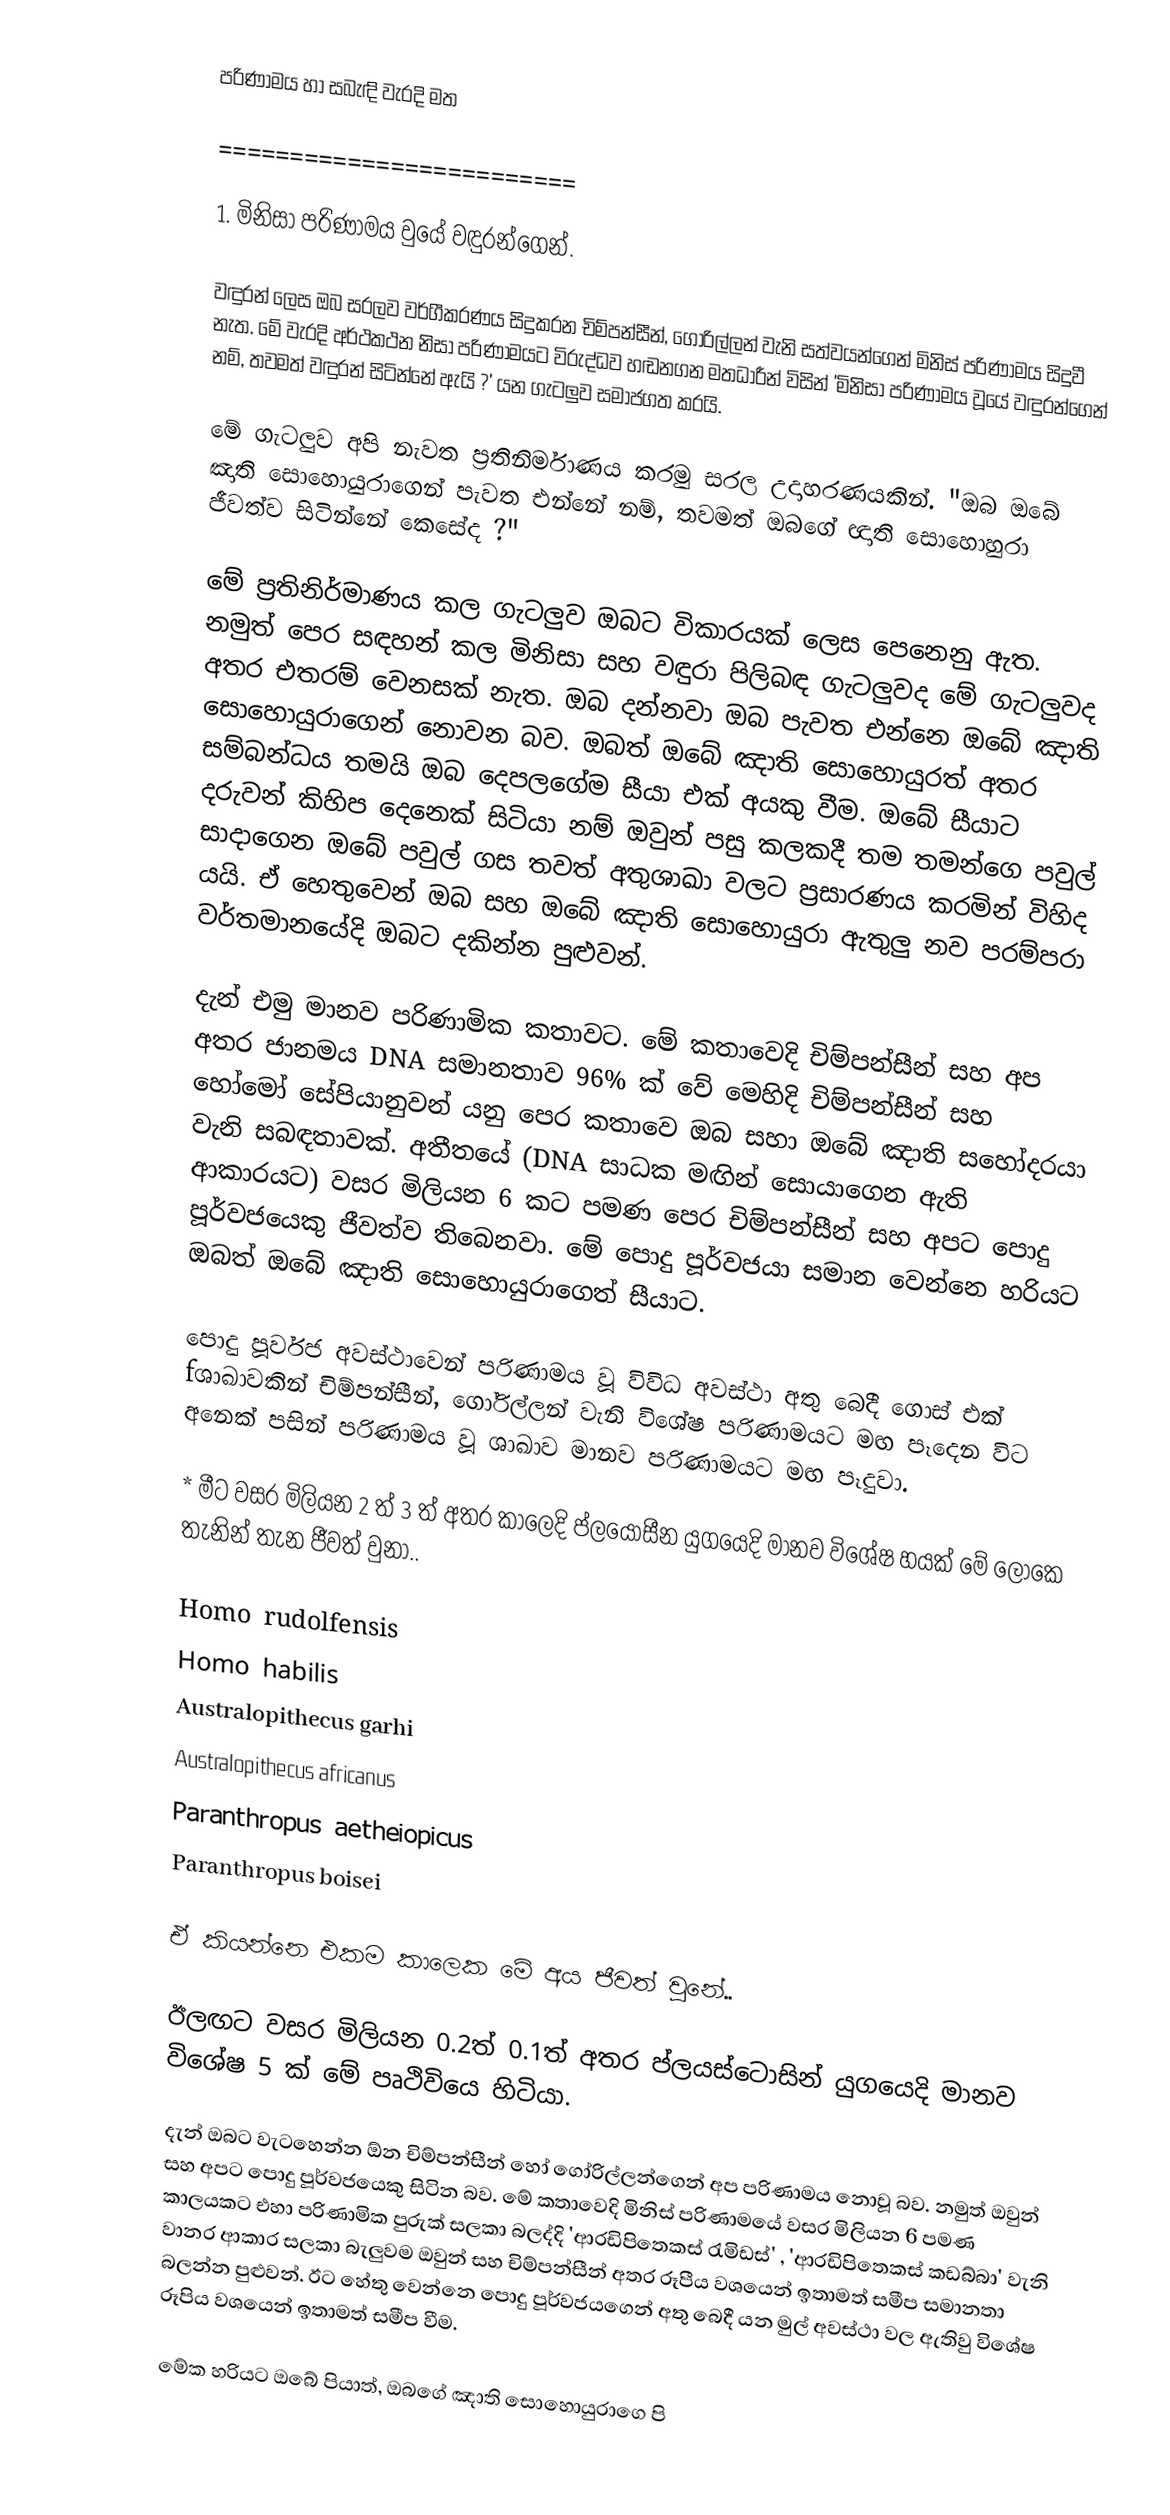
පරිණාමය හා සබැඳි වැරදි මත

=========================

1. මිනිසා පරිණාමය වුයේ වඳුරන්ගෙන්.

වඳුරන් ලෙස ඔබ සරලව වර්ගීකරණය සිදුකරන චිම්පන්සීන්, ගෝරිල්ලන් වැනි සත්වයන්ගෙන් මිනිස් පරිණාමය සිදුවී නැත. මේ වැරදි අර්ථකථන නිසා පරිණාමයට විරුද්ධව හඬනගන මතධාරීන් විසින් 'මිනිසා පරිණාමය වූයේ වඳුරන්ගෙන් නම්, තවමත් වඳුරන් සිටින්නේ ඇයි ?' යන ගැටලුව සමාජගත කරයි.

මේ ගැටලුව අපි නැවත ප්‍රතිනිර්මාණය කරමු සරල උදාහරණයකින්. "ඔබ ඔබේ ඤාති සොහොයුරාගෙන් පැවත එන්නේ නම්, තවමත් ඔබගේ ඥාති සොහොහුරා ජීවත්ව සිටින්නේ කෙසේද ?"

මේ ප්‍රතිනිර්මාණය කල ගැටලුව ඔබට විකාරයක් ලෙස පෙනෙනු ඇත. නමුත් පෙර සඳහන් කල මිනිසා සහ වඳුරා පිලිබඳ ගැටලුවද මේ ගැටලුවද අතර එතරම් වෙනසක් නැත. ඔබ දන්නවා ඔබ පැවත එන්නෙ ඔබේ ඤාති සොහොයුරාගෙන් නොවන බව. ඔබත් ඔබේ ඤාති සොහොයුරත් අතර සම්බන්ධය තමයි ඔබ දෙපලගේම සීයා එක් අයකු වීම. ඔබේ සීයාට දරුවන් කිහිප දෙනෙක් සිටියා නම් ඔවුන් පසු කලකදී තම තමන්ගෙ පවුල් සාදාගෙන ඔබේ පවුල් ගස තවත් අතුශාඛා වලට ප්‍රසාරණය කරමින් විහිද යයි. ඒ හෙතුවෙන් ඔබ සහ ඔබේ ඤාති සොහොයුරා ඇතුලු නව පරම්පරා වර්තමානයේදි ඔබට දකින්න පුළුවන්.

දැන් එමු මානව පරිණාමික කතාවට. මේ කතාවෙදි චිම්පන්සීන් සහ අප අතර ජානමය DNA සමානතාව 96% ක් වේ මෙහිදි චිම්පන්සීන් සහ හෝමෝ සේපියානුවන් යනු පෙර කතාවෙ ඔබ සහා ඔබේ ඤාති සහෝදරයා වැනි සබඳතාවක්. අතීතයේ (DNA සාධක මඟින් සොයාගෙන ඇති ආකාරයට) වසර මිලියන 6 කට පමණ පෙර චිම්පන්සීන් සහ අපට පොදු පූර්වජයෙකු ජීවත්ව තිබෙනවා. මේ පොදු පූර්වජයා සමාන වෙන්නෙ හරියට ඔබත් ඔබේ ඤාති සොහොයුරාගෙත් සීයාට.

පොදු පූර්වජ අවස්ථාවෙන් පරිණාමය වූ විවිධ අවස්ථා අතු බෙදී ගොස් එක් fශාඛාවකින් චිම්පන්සීන්, ගෝරිල්ලන් වැනි විශේෂ පරිණාමයට මඟ පෑදෙන විට අනෙක් පසින් පරිණාමය වූ ශාඛාව මානව පරිණාමයට මඟ පෑදුවා.

* මීට වසර මිලියන 2 ත් 3 ත් අතර කාලෙදි ප්ලයොසීන යුගයෙදි මානව විශේෂ හයක් මේ ලෝකෙ තැනින් තැන ජීවත් වුනා..

 Homo rudolfensis
 Homo habilis
 Australopithecus garhi
 Australopithecus africanus
 Paranthropus aetheiopicus
 Paranthropus boisei

ඒ කියන්නෙ එකම කාලෙක මේ අය ජීවත් වුනේ..

ඊලඟට වසර මිලියන 0.2ත් 0.1ත් අතර ප්ලයස්ටොසින් යුගයෙදි මානව විශේෂ 5 ක් මේ පෘථිවියෙ හිටි⁣යා.

දැන් ඔබට වැටහෙන්න ඕන චිම්පන්සීන් හෝ ගෝරිල්ලන්ගෙන් අප පරිණාමය නොවූ බව. නමුත් ඔවුන් සහ අපට පොදු පූර්වජයෙකු සිටින බව. මේ කතාවෙදි මිනිස් පරිණාමයේ වසර මිලියන 6 පමණ කාලයකට එහා පරිණාමික පුරුක් සලකා බලද්දි 'ආරඩිපිතෙකස් රැමිඩස්' , 'ආරඩිපිතෙකස් කඩබ්බා' වැනි වානර ආකාර සලකා බැලුවම ඔවුන් සහ චිම්පන්සීන් අතර රූපීය වශයෙන් ඉතාමත් සමීප සමානතා බලන්න පුළුවන්. ඊට හේතු වෙන්නෙ පොදු පූර්වජයගෙන් අතු බෙදී යන මුල් අවස්ථා වල ඇතිවු විශේෂ රූපිය වශයෙන් ඉතාමත් සමීප වීම.

මේක හරියට ඔබේ පියාත්, ඔබගේ ඤාති සොහොයුරාගෙ පි